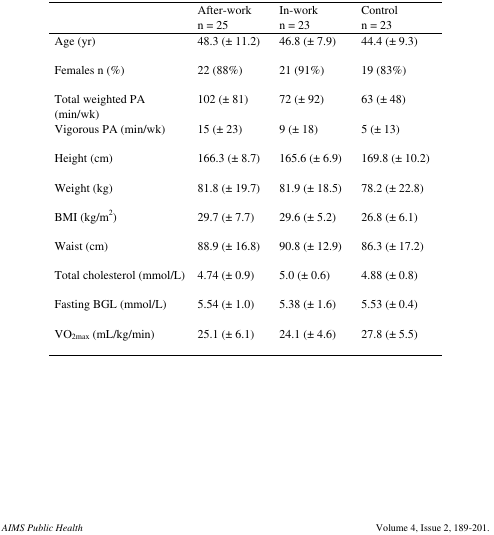
|  | After-workn = 25 | In-workn = 23 | Controln = 23 |
 | --- | --- | --- | --- |
 | Age (yr) | 48.3 (± 11.2) | 46.8 (± 7.9) | 44.4 (± 9.3) |
 | Females n (%) | 22 (88%) | 21 (91%) | 19 (83%) |
 | Total weighted PA (min/wk) | 102 (± 81) | 72 (± 92) | 63 (± 48) |
 | Vigorous PA (min/wk) | 15 (± 23) | 9 (± 18) | 5 (± 13) |
 | Height (cm) | 166.3 (± 8.7) | 165.6 (± 6.9) | 169.8 (± 10.2) |
 | Weight (kg) | 81.8 (± 19.7) | 81.9 (± 18.5) | 78.2 (± 22.8) |
 | BMI (kg/m2) | 29.7 (± 7.7) | 29.6 (± 5.2) | 26.8 (± 6.1) |
 | Waist (cm) | 88.9 (± 16.8) | 90.8 (± 12.9) | 86.3 (± 17.2) |
 | Total cholesterol (mmol/L) | 4.74 (± 0.9) | 5.0 (± 0.6) | 4.88 (± 0.8) |
 | Fasting BGL (mmol/L) | 5.54 (± 1.0) | 5.38 (± 1.6) | 5.53 (± 0.4) |
 | VO2max (mL/kg/min) | 25.1 (± 6.1) | 24.1 (± 4.6) | 27.8 (± 5.5) |